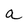
Character: a